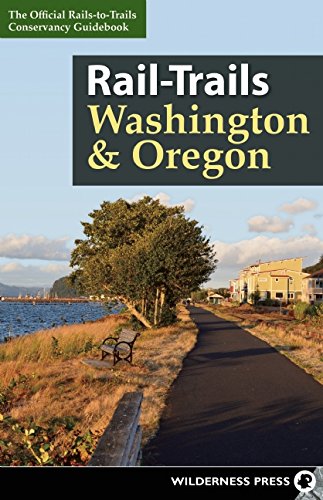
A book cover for Rail-Trails Washington and Oregon; Rails-to-Trails Conservancy; Sports & Outdoors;